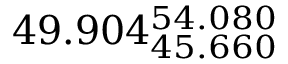
4 9 . 9 0 4 _ { 4 5 . 6 6 0 } ^ { 5 4 . 0 8 0 }